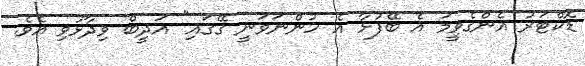
ޑޮކްޓަރު އެންގެވީމަ އެ ބޭފުޅާ އެ ހުންނަވަނީ ގޭގައި" އަދީބް ވިދާޅުވި އެވެ.